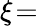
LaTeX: \xi\! =